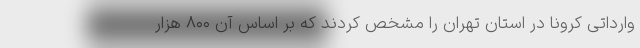
وارداتی کرونا در استان تهران را مشخص کردند که بر اساس آن ۸۰۰ هزار